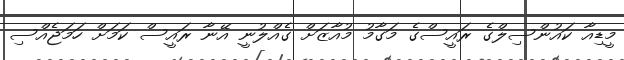
މީޑިއާ ކައުންސިލްގެ ރައީސްގެ މަގާމު މުއާޒަށް ގެއްލުނީ އޭނާ ރައީސް ކަމަށް ހަމަޖެއްސި